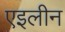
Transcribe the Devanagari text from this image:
एइलीन